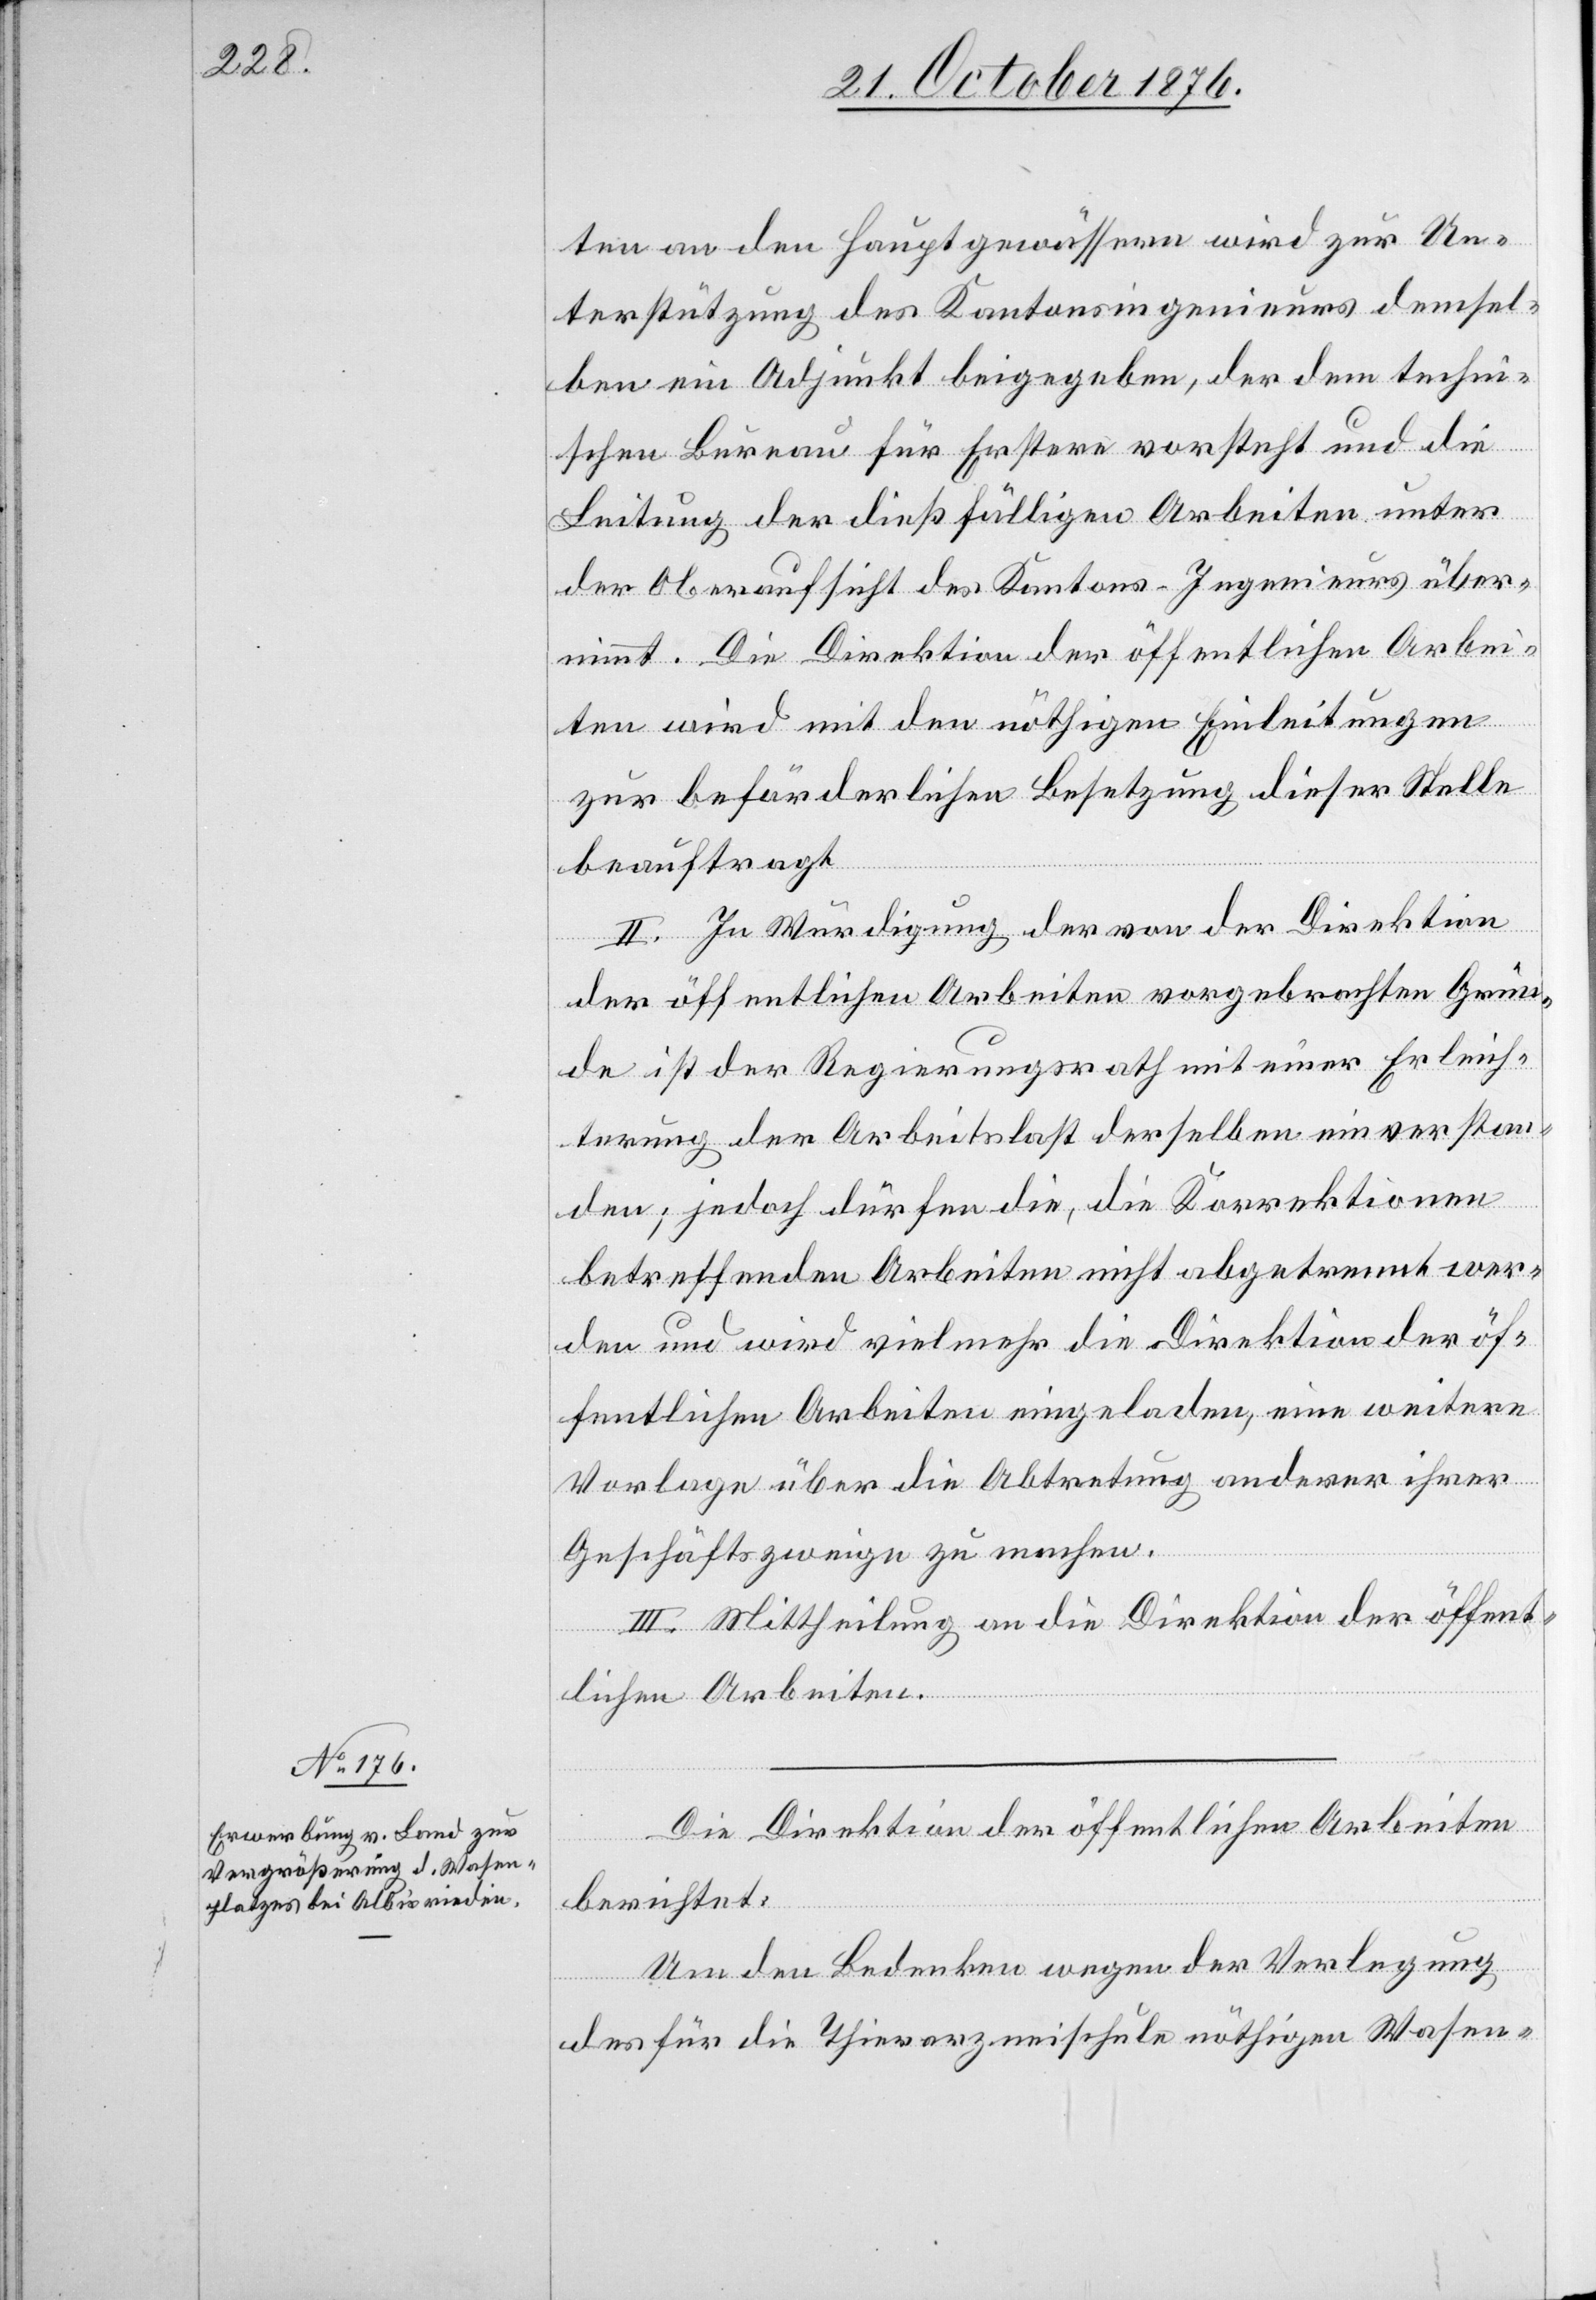
ten an den Hauptgewässern wird zu Un¬
terstützung des Kantonsingenieurs demsel¬
ben ein Adjunkt beigegeben, der dem techni¬
schen Bureau für Erstere vorsteht und die
Leitung der dießfälligen Arbeiten unter
der Oberaufsicht des Kantons-Ingenieurs über¬
nimmt. Die Direktion der öffentlichen Arbei¬
ten wird mit den nöthigen Einleitungen
zur beförderlichen Besetzung dieser Stelle
beauftragt.
II. In Würdigung der von der Direktion
der öffentlichen Arbeiten vorgebrachten Grün¬
de ist der Regierungsrath mit einer Erleich¬
terung der Arbeitslast derselben einverstan¬
den; jedoch dürfen die, die Korrektion
betreffenden Arbeiten nicht abgetrennt wer¬
den und wird vielmehr die Direktion der öf¬
fentlichen Arbeiten eingeladen, eine weitere
Vorlage über die Abtretung anderer ihrer
Geschäftszweige zu machen.
III. Mittheilung an die Direktion der öffent¬
lichen Arbeiten.
Die Direktion der öffentlichen Arbeiten
berichtet:
Um den Bedenken wegen der Verlegung
des für die Thierarzneischule nöthigen Wasen-